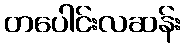
တပေါင်းလဆန်း